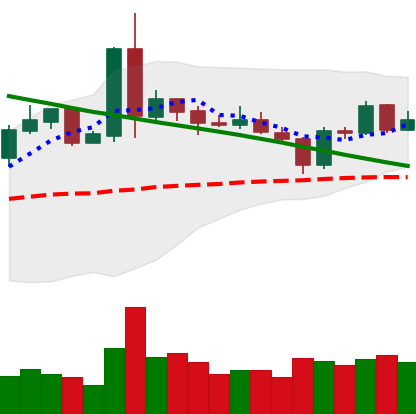
Ticker: NEO-USD
Chart end date: 2019-03-09
Forward return: 3.941%
Label: up_3_5